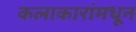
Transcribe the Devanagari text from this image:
कलाकारांमधून